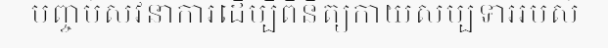
បញ្ចប់សវនាការដើម្បីពិនិត្យកាយសម្បទាររបស់